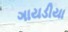
ગાયડીયા